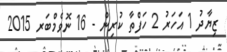
ޒިޔާދު 1 އަހަރު 2 ހަފްތާ ކުރިން - 16 ނޮވެމްބަރ 2015